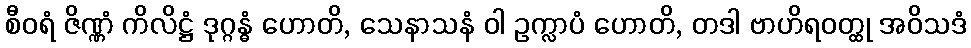
စီဝရံ ဇိဏ္ဏံ ကိလိဋ္ဌံ ဒုဂ္ဂန္ဓံ ဟောတိ, သေနာသနံ ဝါ ဥက္လာပံ ဟောတိ, တဒါ ဗာဟိရဝတ္ထု အဝိသဒံ